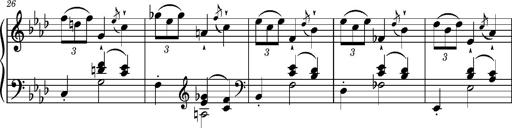
Title: Petite valse favorite
Composer: Franz Liszt
Key: A-flat major